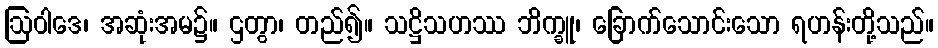
ဩဝါဒေ၊ အဆုံးအမ၌။ ဌတွာ၊ တည်၍။ သဋ္ဌိသဟဿ ဘိက္ခူ၊ ခြောက်သောင်းသော ရဟန်းတို့သည်။